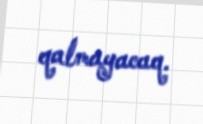
qalmayacaq.